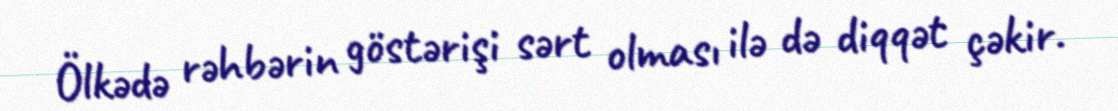
Ölkədə rəhbərin göstərişi sərt olması ilə də diqqət çəkir.